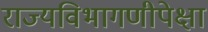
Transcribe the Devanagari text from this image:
राज्यविभागणीपेक्षा